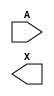
module sky130_fd_sc_hd__dlygate4sd1 (
    //# {{data|Data Signals}}
    input  A,
    output X
);

    // Voltage supply signals
    supply1 VPWR;
    supply0 VGND;
    supply1 VPB ;
    supply0 VNB ;

endmodule